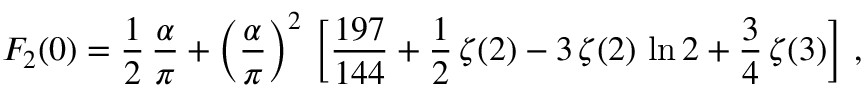
F _ { 2 } ( 0 ) = \frac { 1 } { 2 } \, \frac { \alpha } { \pi } + \left( \frac { \alpha } { \pi } \right) ^ { 2 } \, \left[ \frac { 1 9 7 } { 1 4 4 } + \frac { 1 } { 2 } \, \zeta ( 2 ) - 3 \, \zeta ( 2 ) \, \ln 2 + \frac { 3 } { 4 } \, \zeta ( 3 ) \right] \, ,